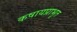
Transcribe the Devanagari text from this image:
कषायप्राभृत